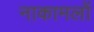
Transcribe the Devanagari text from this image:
नाकामलों